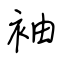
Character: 袖